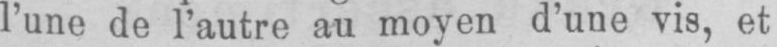
l’une de l’autre au moyen d’une vis, et